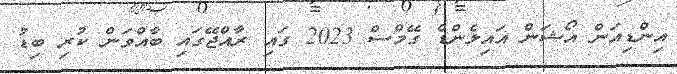
އިންޑިއަން އޯޝަން އައިލެންޑް ގޭމްސް 2023 ގައި ރާއްޖޭގައި ބާއްވަން ކުރި ބިޑު